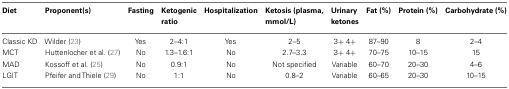
<table><thead><tr><td><b>Diet</b></td><td><b>Proponent(s)</b></td><td><b>Fasting</b></td><td><b>Ketogenic ratio</b></td><td><b>Hospitalization</b></td><td><b>Ketosis (plasma, mmol/L)</b></td><td><b>Urinary ketones</b></td><td><b>Fat (%)</b></td><td><b>Protein (%)</b></td><td><b>Carbohydrate (%)</b></td></tr></thead><tbody><tr><td>Classic KD</td><td>Wilder (23)</td><td>Yes</td><td>2–4:1</td><td>Yes</td><td>2–5</td><td>3+ 4+</td><td>87–90</td><td>8</td><td>2–4</td></tr><tr><td>MCT</td><td>Huttenlocher et al. (27)</td><td>No</td><td>1.3–1.6:1</td><td>No</td><td>2.7–3.3</td><td>3+ 4+</td><td>70–75</td><td>10–15</td><td>15</td></tr><tr><td>MAD</td><td>Kossoff et al. (25)</td><td>No</td><td>0.9:1</td><td>No</td><td>Not specified</td><td>Variable</td><td>60–70</td><td>20–30</td><td>4–6</td></tr><tr><td>LGIT</td><td>Pfeifer and Thiele (29)</td><td>No</td><td>1:1</td><td>No</td><td>0.8–2</td><td>Variable</td><td>60–65</td><td>20–30</td><td>10–15</td></tr></tbody></table>